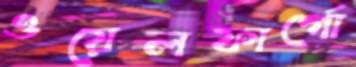
ওয়েলফার্গো